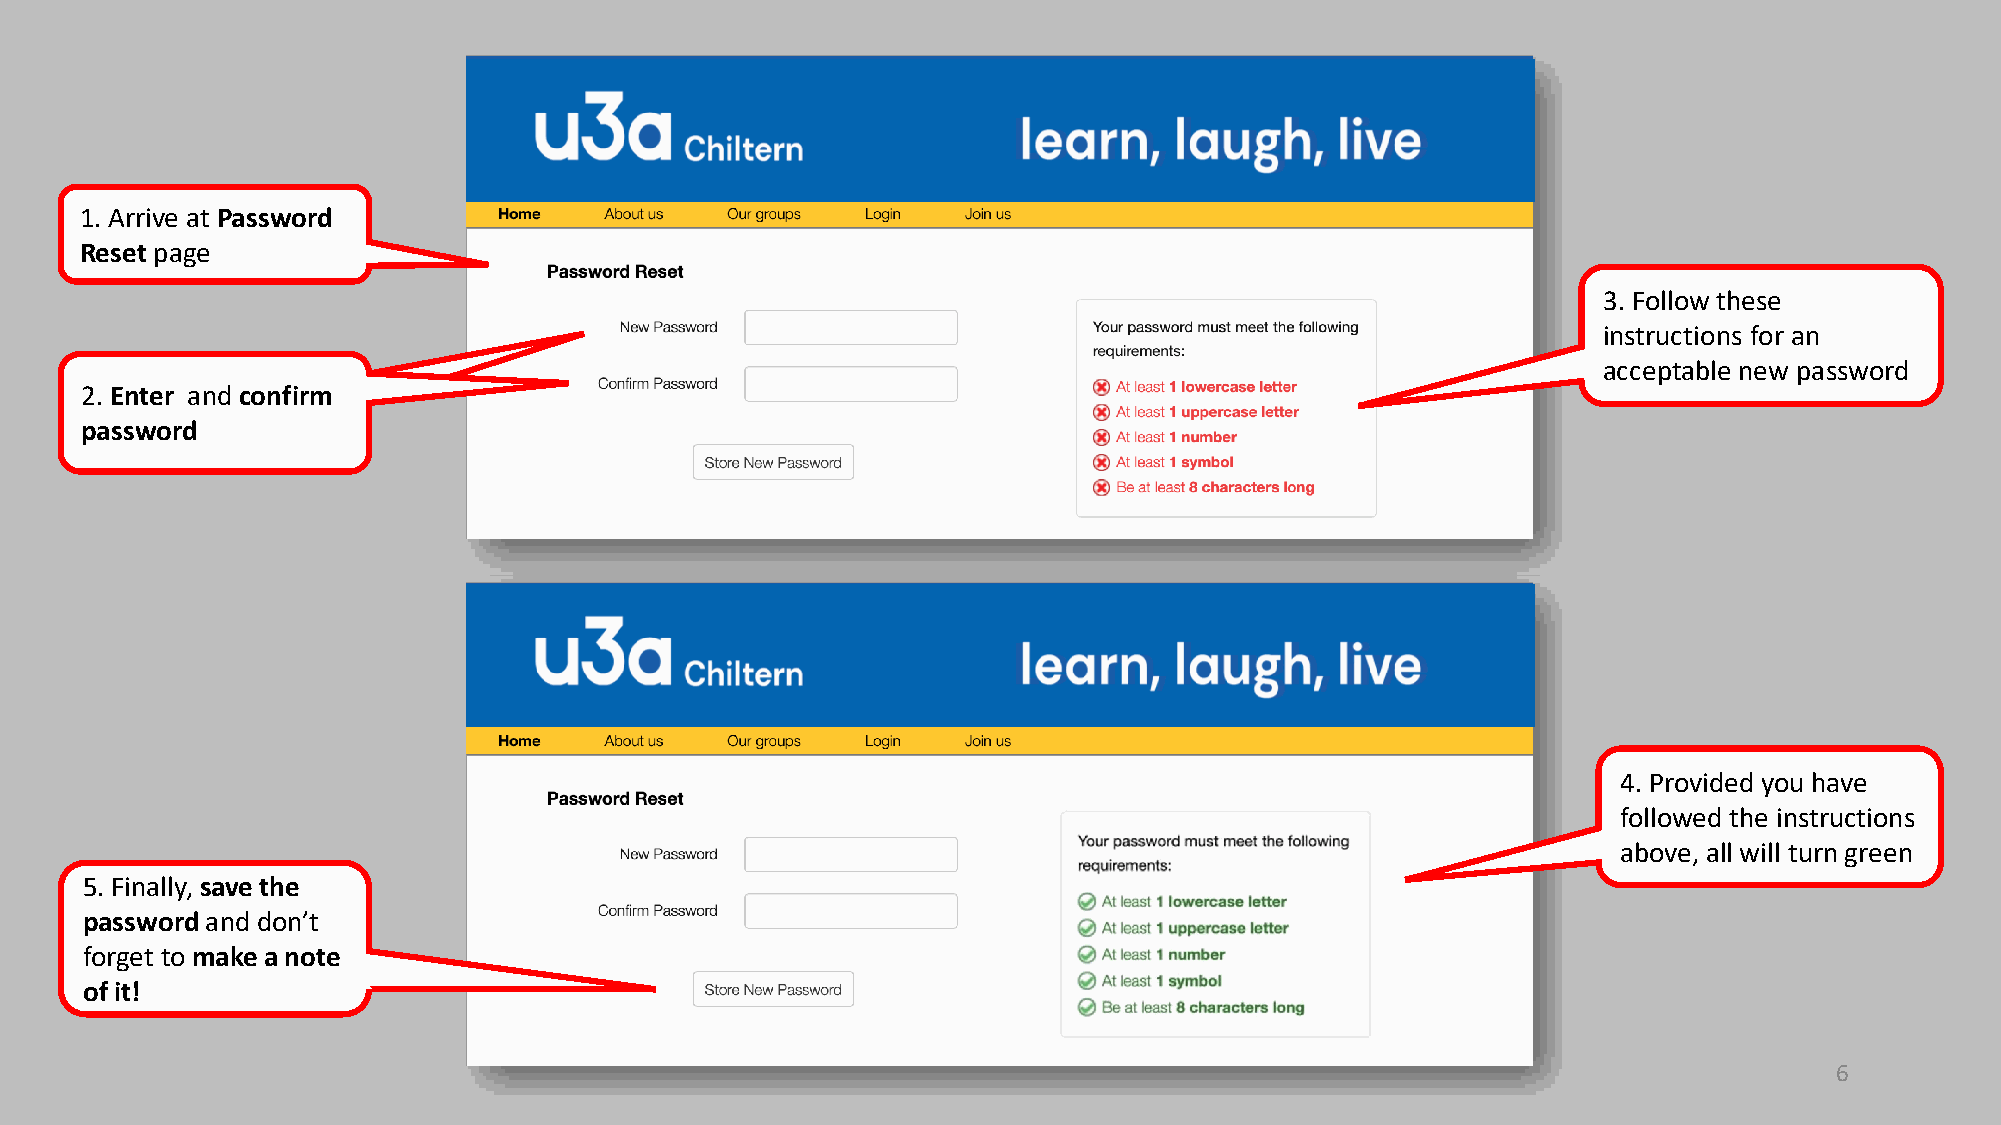
1. Arrive at Password
 Reset page
 3. Follow these
 instructions for an
 acceptable new password
 22.. EEnntteerr aanndd ccoonnffiirrmm
 ppaasssswwoorrdd
 4. Provided you have
 followed the instructions
 above, all will turn green
 5. Finally, save the
 passwordand don’t
 forget to make a note
 of it!
 6